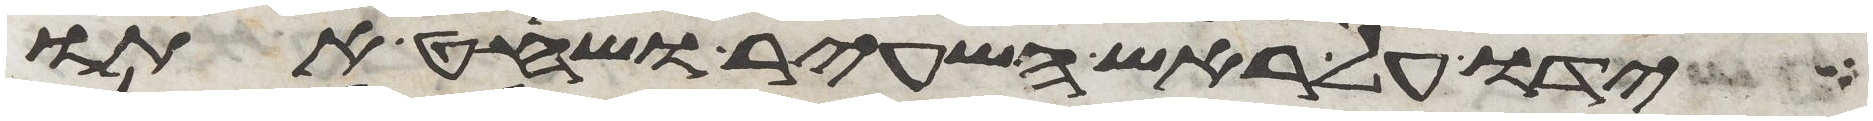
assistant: ידו על ראש השעיר ושחט אתו